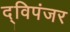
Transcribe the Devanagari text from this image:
द्विपंजर